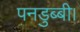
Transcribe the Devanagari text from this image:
पनडुब्‍बी।